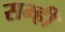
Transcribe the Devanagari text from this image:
सभ्ही